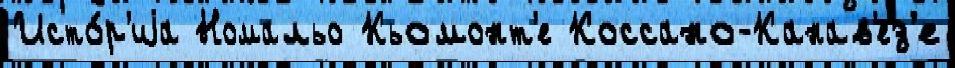
Исто́р'иjа Номальо Кьомонт'е Коссано-Канав'ез'е